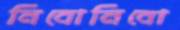
নিবোনিবো